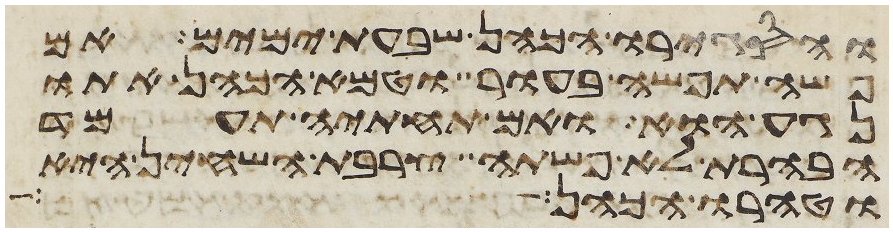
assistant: והסגירו הכהן שבעת ימים אם
פשה תפשה בעור וטמא הכהן אתו
נגע הוא ואם תחתיה תעמד
הבהרת לא פשתה צרבת השחין היא
וטהרו הכהן ואיש